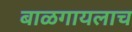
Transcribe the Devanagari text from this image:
बाळगायलाच